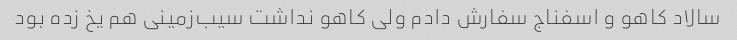
سالاد کاهو و اسفناج سفارش دادم ولی کاهو نداشت سیب‌زمینی هم یخ زده بود